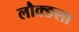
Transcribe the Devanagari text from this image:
लौक्ङला